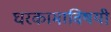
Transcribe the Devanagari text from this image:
घरकामाविषयी